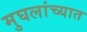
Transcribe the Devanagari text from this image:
मुघलांच्यात